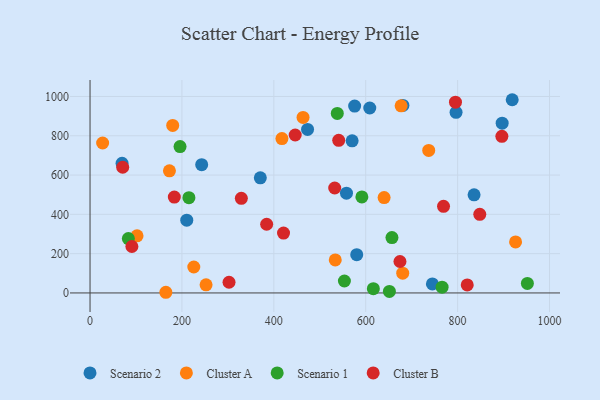
{"axis": {"x": "Investment", "y": "Rating"}, "legend": ["Cluster A", "Cluster B", "Scenario 1", "Scenario 2"], "data": [{"x": "69.7", "y": 659.7, "type": "Scenario 2"}, {"x": "835.8", "y": 499.2, "type": "Scenario 2"}, {"x": "210.5", "y": 370.5, "type": "Scenario 2"}, {"x": "796.6", "y": 919.2, "type": "Scenario 2"}, {"x": "370.6", "y": 585.9, "type": "Scenario 2"}, {"x": "745.1", "y": 45.9, "type": "Scenario 2"}, {"x": "558.1", "y": 507.7, "type": "Scenario 2"}, {"x": "608.8", "y": 941.2, "type": "Scenario 2"}, {"x": "575.9", "y": 951.1, "type": "Scenario 2"}, {"x": "896.9", "y": 864.3, "type": "Scenario 2"}, {"x": "570.4", "y": 774.0, "type": "Scenario 2"}, {"x": "918.8", "y": 983.4, "type": "Scenario 2"}, {"x": "580.4", "y": 194.8, "type": "Scenario 2"}, {"x": "243.0", "y": 652.6, "type": "Scenario 2"}, {"x": "473.4", "y": 832.4, "type": "Scenario 2"}, {"x": "680.9", "y": 954.6, "type": "Scenario 2"}, {"x": "737.1", "y": 725.2, "type": "Cluster A"}, {"x": "225.8", "y": 132.1, "type": "Cluster A"}, {"x": "463.6", "y": 893.1, "type": "Cluster A"}, {"x": "533.7", "y": 168.1, "type": "Cluster A"}, {"x": "677.0", "y": 952.6, "type": "Cluster A"}, {"x": "172.8", "y": 621.3, "type": "Cluster A"}, {"x": "179.9", "y": 852.8, "type": "Cluster A"}, {"x": "165.0", "y": 3.4, "type": "Cluster A"}, {"x": "680.5", "y": 100.7, "type": "Cluster A"}, {"x": "417.6", "y": 785.8, "type": "Cluster A"}, {"x": "102.3", "y": 290.8, "type": "Cluster A"}, {"x": "640.0", "y": 485.4, "type": "Cluster A"}, {"x": "27.4", "y": 763.2, "type": "Cluster A"}, {"x": "926.1", "y": 259.6, "type": "Cluster A"}, {"x": "252.5", "y": 41.5, "type": "Cluster A"}, {"x": "616.6", "y": 21.8, "type": "Scenario 1"}, {"x": "951.8", "y": 48.3, "type": "Scenario 1"}, {"x": "657.1", "y": 281.9, "type": "Scenario 1"}, {"x": "195.9", "y": 745.0, "type": "Scenario 1"}, {"x": "83.4", "y": 276.6, "type": "Scenario 1"}, {"x": "215.2", "y": 485.0, "type": "Scenario 1"}, {"x": "766.2", "y": 29.6, "type": "Scenario 1"}, {"x": "591.6", "y": 488.9, "type": "Scenario 1"}, {"x": "651.5", "y": 7.8, "type": "Scenario 1"}, {"x": "553.6", "y": 60.8, "type": "Scenario 1"}, {"x": "538.1", "y": 913.5, "type": "Scenario 1"}, {"x": "896.3", "y": 797.2, "type": "Cluster B"}, {"x": "769.3", "y": 440.7, "type": "Cluster B"}, {"x": "795.3", "y": 970.9, "type": "Cluster B"}, {"x": "446.5", "y": 803.8, "type": "Cluster B"}, {"x": "183.4", "y": 487.7, "type": "Cluster B"}, {"x": "421.1", "y": 304.5, "type": "Cluster B"}, {"x": "820.9", "y": 41.0, "type": "Cluster B"}, {"x": "541.2", "y": 776.9, "type": "Cluster B"}, {"x": "91.1", "y": 236.3, "type": "Cluster B"}, {"x": "532.5", "y": 534.0, "type": "Cluster B"}, {"x": "302.5", "y": 54.3, "type": "Cluster B"}, {"x": "674.5", "y": 160.1, "type": "Cluster B"}, {"x": "384.4", "y": 349.5, "type": "Cluster B"}, {"x": "329.3", "y": 481.4, "type": "Cluster B"}, {"x": "848.2", "y": 400.2, "type": "Cluster B"}, {"x": "71.1", "y": 639.6, "type": "Cluster B"}]}